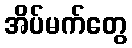
အိပ်မက်တွေ